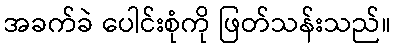
အခက်ခဲ ပေါင်းစုံကို ဖြတ်သန်းသည်။